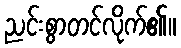
ညင်းစွာတင်လိုက်၏။